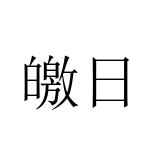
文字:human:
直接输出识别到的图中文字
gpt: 皦日